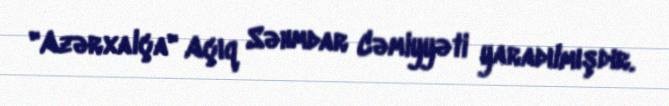
"Azərxalça" Açıq Səhmdar Cəmiyyəti yaradılmışdır.